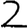
Digit: 2